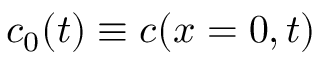
c _ { 0 } ( t ) \equiv c ( x = 0 , t )